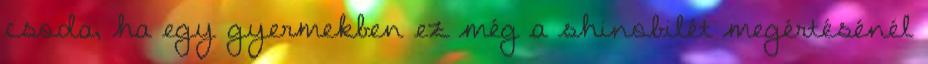
csoda, ha egy gyermekben ez még a shinobilét megértésénél